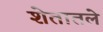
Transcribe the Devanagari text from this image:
शेतातले